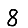
Digit: 8